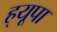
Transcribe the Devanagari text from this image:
ह्‌यूपा